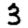
Digit: 3